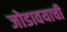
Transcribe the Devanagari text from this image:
जोडावयाची